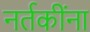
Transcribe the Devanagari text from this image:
नर्तकींना